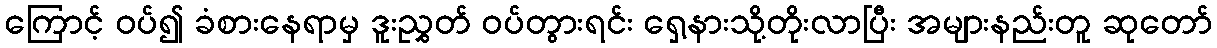
ကြောင့် ဝပ်၍ ခံစားနေရာမှ ဒူးညွှတ် ဝပ်တွားရင်း ရှေ့နားသို့တိုးလာပြီး အများနည်းတူ ဆုတော်